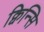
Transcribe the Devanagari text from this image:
क्विन्सि